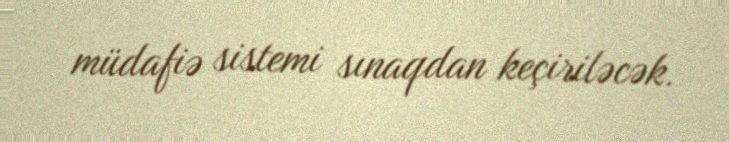
müdafiə sistemi sınaqdan keçiriləcək.